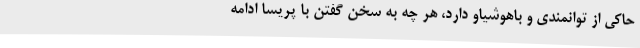
حاکی از توانمندی و باهوشیاو دارد، هر چه به سخن گفتن با پریسا ادامه